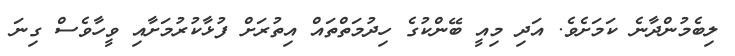
ލިބެމުންދާނެ ކަމަށެވެ. އަދި މިއީ ބޭންކުގެ ހިދުމަތްތައް އިތުރަށް ފުޅާކުރުމަށާއި ވީހާވެސް ގިނަ